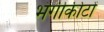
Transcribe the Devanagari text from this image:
भंगीकीटों